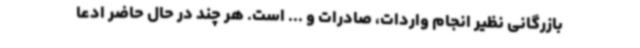
بازرگانی نظیر انجام واردات، صادرات و ... است. هر چند در حال حاضر ادعا